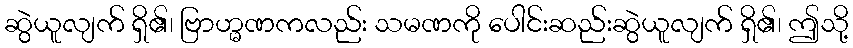
ဆွဲယူလျက် ရှိ၏၊ ဗြာဟ္မဏကလည်း သမဏကို ပေါင်းဆည်းဆွဲယူလျက် ရှိ၏၊ ဤသို့